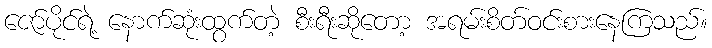
ဇော်ပိုင်ရဲ့ နောက်ဆုံးထွက်တဲ့ စီးရီးဆိုတော့ အရမ်းစိတ်ဝင်းစားနေကြသည်။